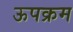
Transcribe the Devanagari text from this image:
ऊपक्रम